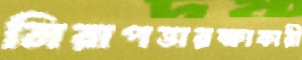
নিরাপত্তারক্ষাকারী